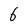
Character: 6